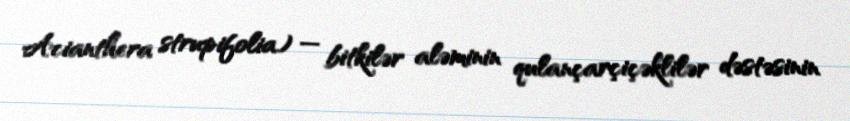
Acianthera strupifolia) — bitkilər aləminin qulançarçiçəklilər dəstəsinin